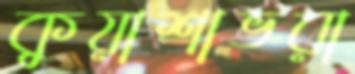
কুয়াশাভরা